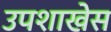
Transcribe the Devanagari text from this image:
उपशाखेस